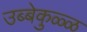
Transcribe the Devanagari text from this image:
उब्बेकुळ्ळ